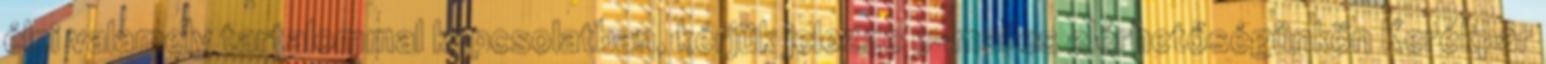
élni valamely tartalommal kapcsolatban, kérjük jelezze e-mailes elérhetőségünkön Kerékpár